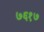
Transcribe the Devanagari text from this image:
७६१७